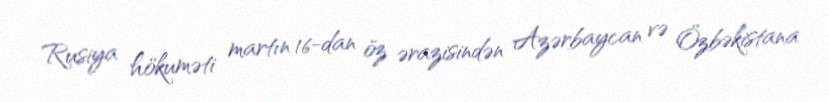
Rusiya hökuməti martın 16-dan öz ərazisindən Azərbaycan və Özbəkistana